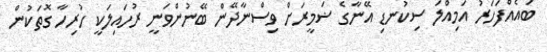
ބައެއްފަހަރު އަމިއްލަ ސިކުނޑި އޭނާގެ ޟަމީރަށް ވިސްނާދޭން ބޭނުންވަނީ ރުހައިލަކީ ހުރިހާ ގޮތަކުން